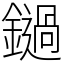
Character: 鐹